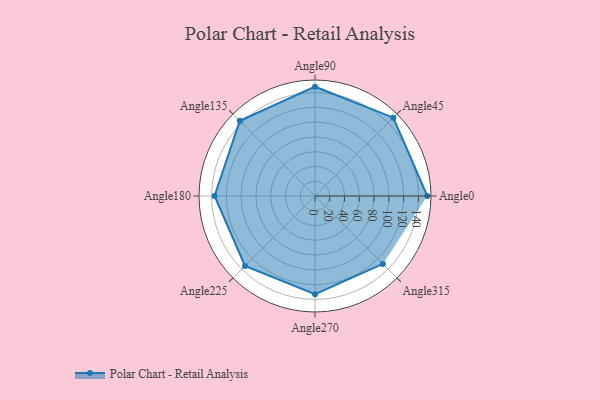
{"axis": {"x": "Angle", "y": "Radius"}, "legend": [""], "data": [{"x": "Angle0", "y": 152.0, "type": ""}, {"x": "Angle45", "y": 150.0, "type": ""}, {"x": "Angle90", "y": 148.0, "type": ""}, {"x": "Angle135", "y": 144.0, "type": ""}, {"x": "Angle180", "y": 136.0, "type": ""}, {"x": "Angle225", "y": 134.0, "type": ""}, {"x": "Angle270", "y": 133.0, "type": ""}, {"x": "Angle315", "y": 130.0, "type": ""}]}